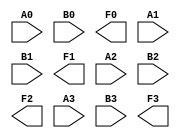
//
// lab1 : version 08/29/2012
//                  
`timescale 1ns / 1ps
//////////////////////////////////////////////////////////////////////////////////
//
//////////////////////////////////////////////////////////////////////////////////
module gates(
    input A0,
    input B0,
    output F0,
    input A1,
    input B1,
    output F1,
    input A2,
    input B2,
    output F2,
    input A3,
    input B3,
    output F3
    );

	// Write code starting here ...

endmodule